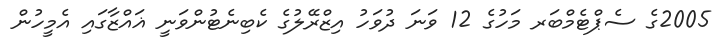
2005ގެ ސެޕްޓެމްބަރ މަހުގެ 12 ވަނަ ދުވަހު އިޒްރޭލުގެ ކެބިނެޓުންވަނީ ޣައްޒާގައި އެމީހުން